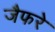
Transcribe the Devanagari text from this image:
जैफरे